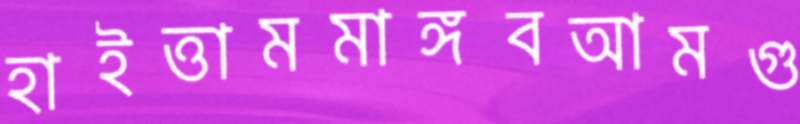
হাইত্তামমাঙ্গবআমগু